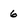
Character: 6